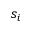
s _ { i }